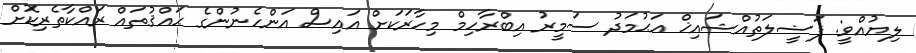
ލިޔުއްވީ: ފަޟީލަތުއްޝައިޚް އަޙުމަދު ސަމީރު އިބްރާހިމް މިހާރަކަށް އައިސް އަންހެނުންގެ ޙައްޤުތައް ރައްކާތެރިކޮށް